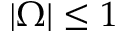
| \Omega | \le 1